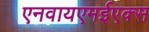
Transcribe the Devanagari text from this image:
एनवायएमईएक्स